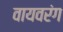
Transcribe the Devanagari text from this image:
वायवरंग